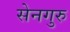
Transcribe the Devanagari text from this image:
सेनगुरु